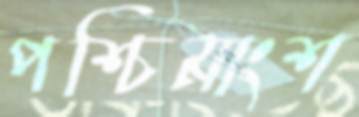
পশ্চিমাংশ